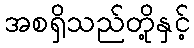
အစရှိသည်တို့နှင့်